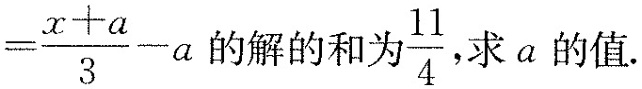
$$= \frac{x+a}{3}-a$$的解的和为\frac{11}{4}，求a的值.